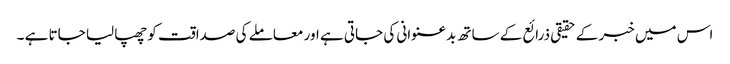
اس میں خبر کے حقیقی ذرائع کے ساتھ بدعنوانی کی جاتی ہے اور معاملے کی صداقت کو چھپا لیا جاتا ہے ۔